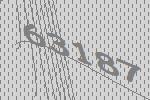
63187